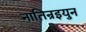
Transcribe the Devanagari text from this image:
नातिन्रइयुन